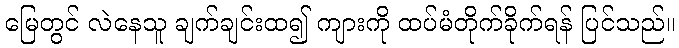
မြေတွင် လဲနေသူ ချက်ချင်းထ၍ ကျားကို ထပ်မံတိုက်ခိုက်ရန် ပြင်သည်။